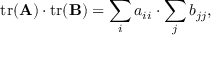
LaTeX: \operatorname { t r } ( \mathbf { A } ) \cdot \operatorname { t r } ( \mathbf { B } ) = \sum _ { i } a _ { i i } \cdot \sum _ { j } b _ { j j } ,